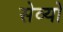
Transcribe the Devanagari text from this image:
सेव्यो